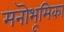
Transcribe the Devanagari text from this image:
मनॊभूमिका